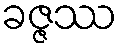
ခဇ္ဇဿ